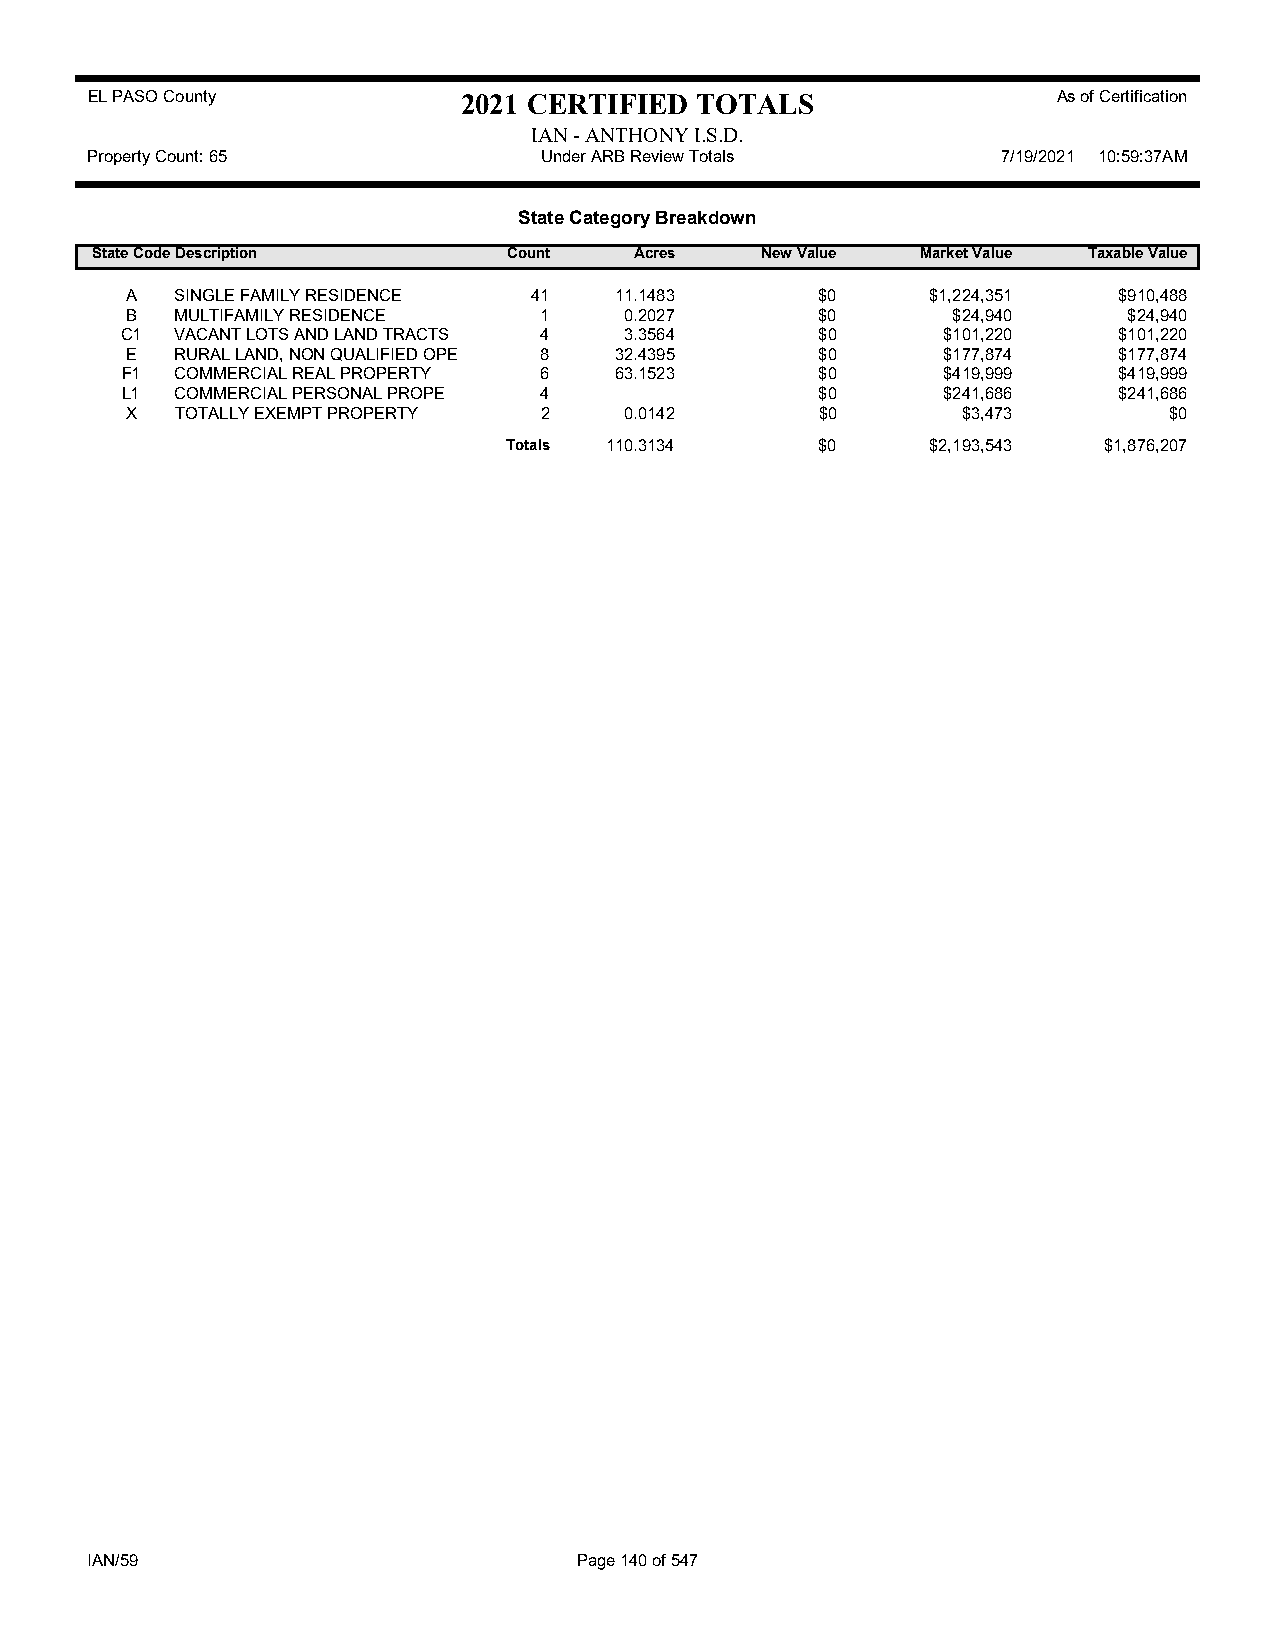
EL PASO County           2021 CERTIFIED TOTALS                  As of Certification
 IAN - ANTHONY I.S.D.
 Property Count: 65            Under ARB Review Totals       7/19/2021 10:59:37AM
 State Category Breakdown
 State CodeDescription       Count   Acres   New Value  Market Value Taxable Value
 A   SINGLE FAMILY RESIDENCE 41   11.1483      $0      $1,224,351  $910,488
 B   MULTIFAMILY RESIDENCE   1    0.2027       $0       $24,940     $24,940
 C1  VACANT LOTS AND LAND TRACTS 4 3.3564      $0      $101,220    $101,220
 E   RURAL LAND, NON QUALIFIED OPE 8 32.4395   $0      $177,874    $177,874
 F1  COMMERCIAL REAL PROPERTY 6   63.1523      $0      $419,999    $419,999
 L1  COMMERCIAL PERSONAL PROPE 4               $0      $241,686    $241,686
 X   TOTALLY EXEMPT PROPERTY 2    0.0142       $0        $3,473       $0
 Totals 110.3134     $0      $2,193,543 $1,876,207
 IAN/59                          Page 140 of 547